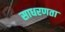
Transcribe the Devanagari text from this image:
साधरणता